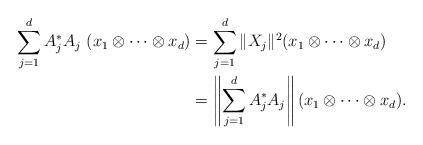
LaTeX: \begin{align*}\sum\limits_{j=1}^d A_{j}^*A_{j}\ (x_1\otimes\cdots\otimes x_d)&=\sum\limits_{j=1}^d \|X_{j}\|^2 (x_1\otimes\cdots\otimes x_d)\\&=\left\|\sum\limits_{j=1}^d A_{j}^*A_{j}\right\| (x_1\otimes\cdots\otimes x_d).\end{align*}